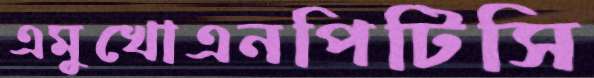
এমুখোএনপিটিসি